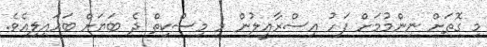
މި ގޮތަށް ނިންމުމަށް ފަހު އިސްރާއީލުން މި މިސްކިތް ދެ ބަޔަށް ބަހައިލިއެވެ.